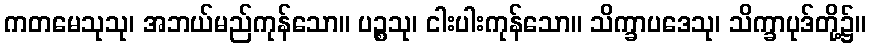
ကတမေသုသု၊ အဘယ်မည်ကုန်သော။ ပဉ္စသု၊ ငါးပါးကုန်သော။ သိက္ခာပဒေသု၊ သိက္ခာပုဒ်တို့၌။